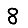
Digit: 8